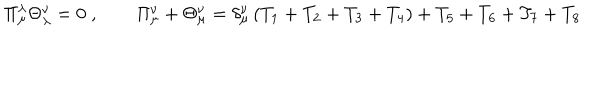
LaTeX: \Pi _ { \mu } ^ { \lambda } \Theta _ { \lambda } ^ { \nu } = 0 \; , \qquad \Pi _ { \mu } ^ { \nu } + \Theta _ { \mu } ^ { \nu } = \delta _ { \mu } ^ { \nu } \left( T _ { 1 } + T _ { 2 } + T _ { 3 } + T _ { 4 } \right) + T _ { 5 } + T _ { 6 } + T _ { 7 } + T _ { 8 }